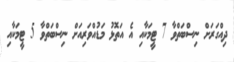
ދިއްގަރަށް ނިސްބަތްވާ 7 ޓީމަކާއި އެ އަތޮޅު މަޑުއްވަރިއަށް ނިސްބަތްވާ 5 ޓީމަކާއި